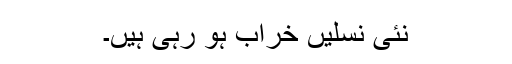
نئی نسلیں خراب ہو رہی ہیں۔